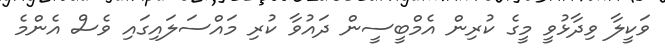
ވަކީލާ ވިދާޅުވީ މީގެ ކުރިން އެމްބީސީން ދައުވާ ކުރި މައްސަލައިގައި ވެސް އެންމެ